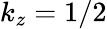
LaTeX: k_{z}=1/2